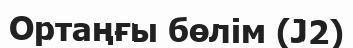
Ортаңғы бөлім (J2)